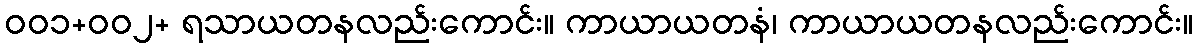
ဝဝ၁+ဝဝ၂+ ရသာယတနလည်းကောင်း။ ကာယာယတနံ၊ ကာယာယတနလည်းကောင်း။